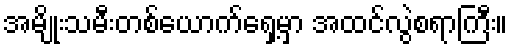
အမျိုးသမီးတစ်ယောက်ရှေ့မှာ အထင်လွဲစရာကြီး။